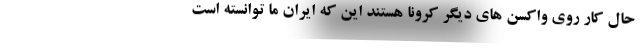
حال کار روی واکسن های دیگر کرونا هستند این که ایران ما توانسته است